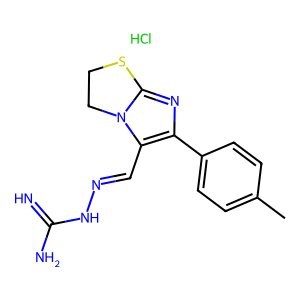
SMILES: Cc1ccc(-c2nc3n(c2C=NNC(=N)N)CCS3)cc1.Cl
Inhibits HIV replication: No